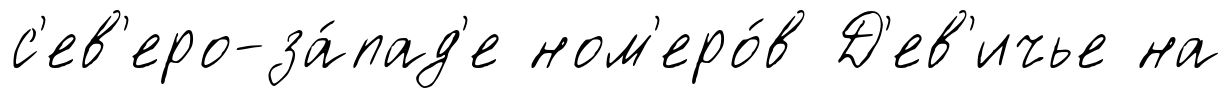
с'ев'еро-за́пад'е ном'еро́в Д'ев'ичье на